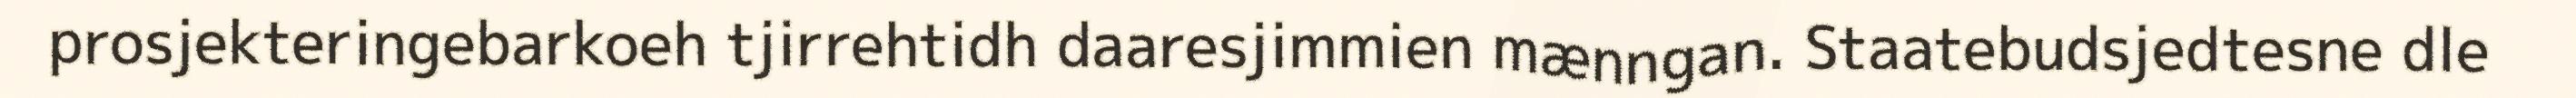
prosjekteringebarkoeh tjirrehtidh daaresjimmien mænngan. Staatebudsjedtesne dle